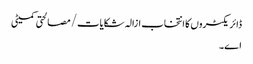
ڈائریکٹروں کا انتخاب ازالہ شکایات/ مصالحتی کمیٹی
اے۔